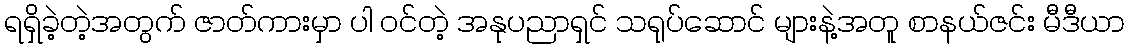
ရရှိခဲ့တဲ့အတွက် ဇာတ်ကားမှာ ပါ ဝင်တဲ့ အနုပညာရှင် သရုပ်ဆောင် များနဲ့အတူ စာနယ်ဇင်း မီဒီယာ